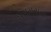
ઘસમસતા